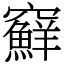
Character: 䇁